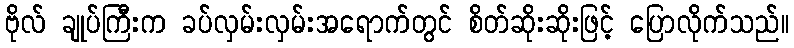
ဗိုလ် ချုပ်ကြီးက ခပ်လှမ်းလှမ်းအရောက်တွင် စိတ်ဆိုးဆိုးဖြင့် ပြောလိုက်သည်။